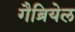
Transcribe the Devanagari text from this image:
गैब्रियेल